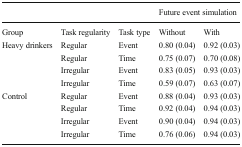
<table><thead><tr><td colspan="3"></td><td colspan="2"><b>Future event simulation</b></td></tr></thead><tbody><tr><td>Group</td><td>Task regularity</td><td>Task type</td><td>Without</td><td>With</td></tr><tr><td rowspan="4">Heavy drinkers</td><td>Regular</td><td>Event</td><td>0.80 (0.04)</td><td>0.92 (0.03)</td></tr><tr><td>Regular</td><td>Time</td><td>0.75 (0.07)</td><td>0.70 (0.08)</td></tr><tr><td>Irregular</td><td>Event</td><td>0.83 (0.05)</td><td>0.93 (0.03)</td></tr><tr><td>Irregular</td><td>Time</td><td>0.59 (0.07)</td><td>0.63 (0.07)</td></tr><tr><td rowspan="4">Control</td><td>Regular</td><td>Event</td><td>0.88 (0.04)</td><td>0.93 (0.03)</td></tr><tr><td>Regular</td><td>Time</td><td>0.92 (0.04)</td><td>0.94 (0.03)</td></tr><tr><td>Irregular</td><td>Event</td><td>0.90 (0.04)</td><td>0.94 (0.03)</td></tr><tr><td>Irregular</td><td>Time</td><td>0.76 (0.06)</td><td>0.94 (0.03)</td></tr></tbody></table>